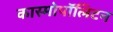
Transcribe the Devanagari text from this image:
कास्मोपॉलिटन